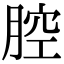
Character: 腔